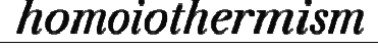
homoiothermism